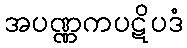
အပဏ္ဏကပဋိပဒံ